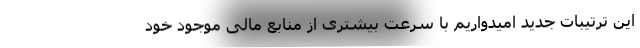
این ترتیبات جدید امیدواریم با سرعت بیشتری از منابع مالی موجود خود